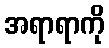
အရာရာကို